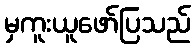
မှကူးယူဖော်ပြသည်